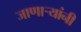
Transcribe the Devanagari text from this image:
जाणार्‍यांनी